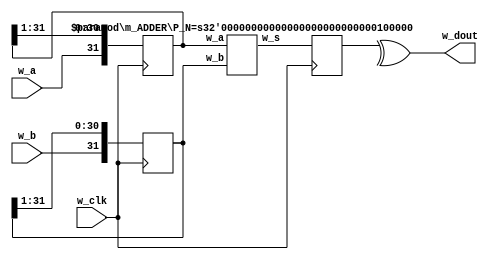
/**************************************************************************/
/* code079.v                          For CSC.T341 CLD Archlab TOKYO TECH */
/**************************************************************************/
`default_nettype none
`define D_N 32

module m_main (w_clk, w_a, w_b, w_dout);
  input  wire w_clk, w_a, w_b;
  output wire w_dout;
  reg [`D_N-1:0] r_a=0, r_b=0, r_s=0;
  wire [`D_N-1:0] w_s;
  assign w_dout = ^r_s;
  always@(posedge w_clk) begin
    r_a <= {w_a, r_a[`D_N-1:1]};
    r_b <= {w_b, r_b[`D_N-1:1]};
    r_s <= w_s;
  end
  m_ADDER #(32) m_ADDER0 (r_a, r_b, w_s);
endmodule

module m_ADDER #(parameter P_N=8) (w_a, w_b, w_s);
  input  wire [P_N-1:0] w_a, w_b;
  output wire [P_N-1:0] w_s;
  wire [P_N:0] w_cin;
  assign w_cin[0] = 0;
  generate genvar g;
    for (g = 0; g < P_N; g = g + 1) begin : Gen
      m_FA m_FA0(w_a[g], w_b[g], w_cin[g], w_s[g], w_cin[g+1]);
    end
  endgenerate
endmodule

module m_FA (w_a, w_b, w_cin, w_s, w_cout);
  input wire w_a, w_b, w_cin;
  output wire w_s, w_cout;

  wire w_e, w_f, w_g;
  m_HA m_HA0(w_cin, w_e, w_s, w_g);
  m_HA m_HA1(w_a, w_b, w_e, w_f);
  assign w_cout = w_g | w_f;
endmodule

module m_HA (w_a, w_b, w_s, w_c);
  input  wire w_a, w_b;
  output wire w_s, w_c;
  assign w_c = w_a & w_b;
  assign w_s = w_a ^ w_b;
endmodule